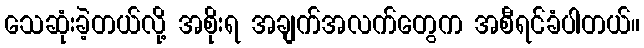
သေဆုံးခဲ့တယ်လို့ အစိုးရ အချက်အလက်တွေက အစီရင်ခံပါတယ်။